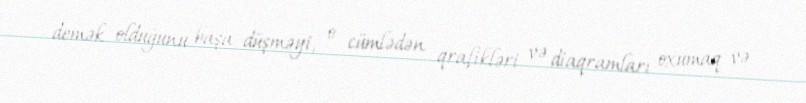
demək olduğunu başa düşməyi, o cümlədən qrafikləri və diaqramları oxumaq və